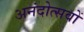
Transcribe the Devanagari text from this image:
अनंदोत्सवों